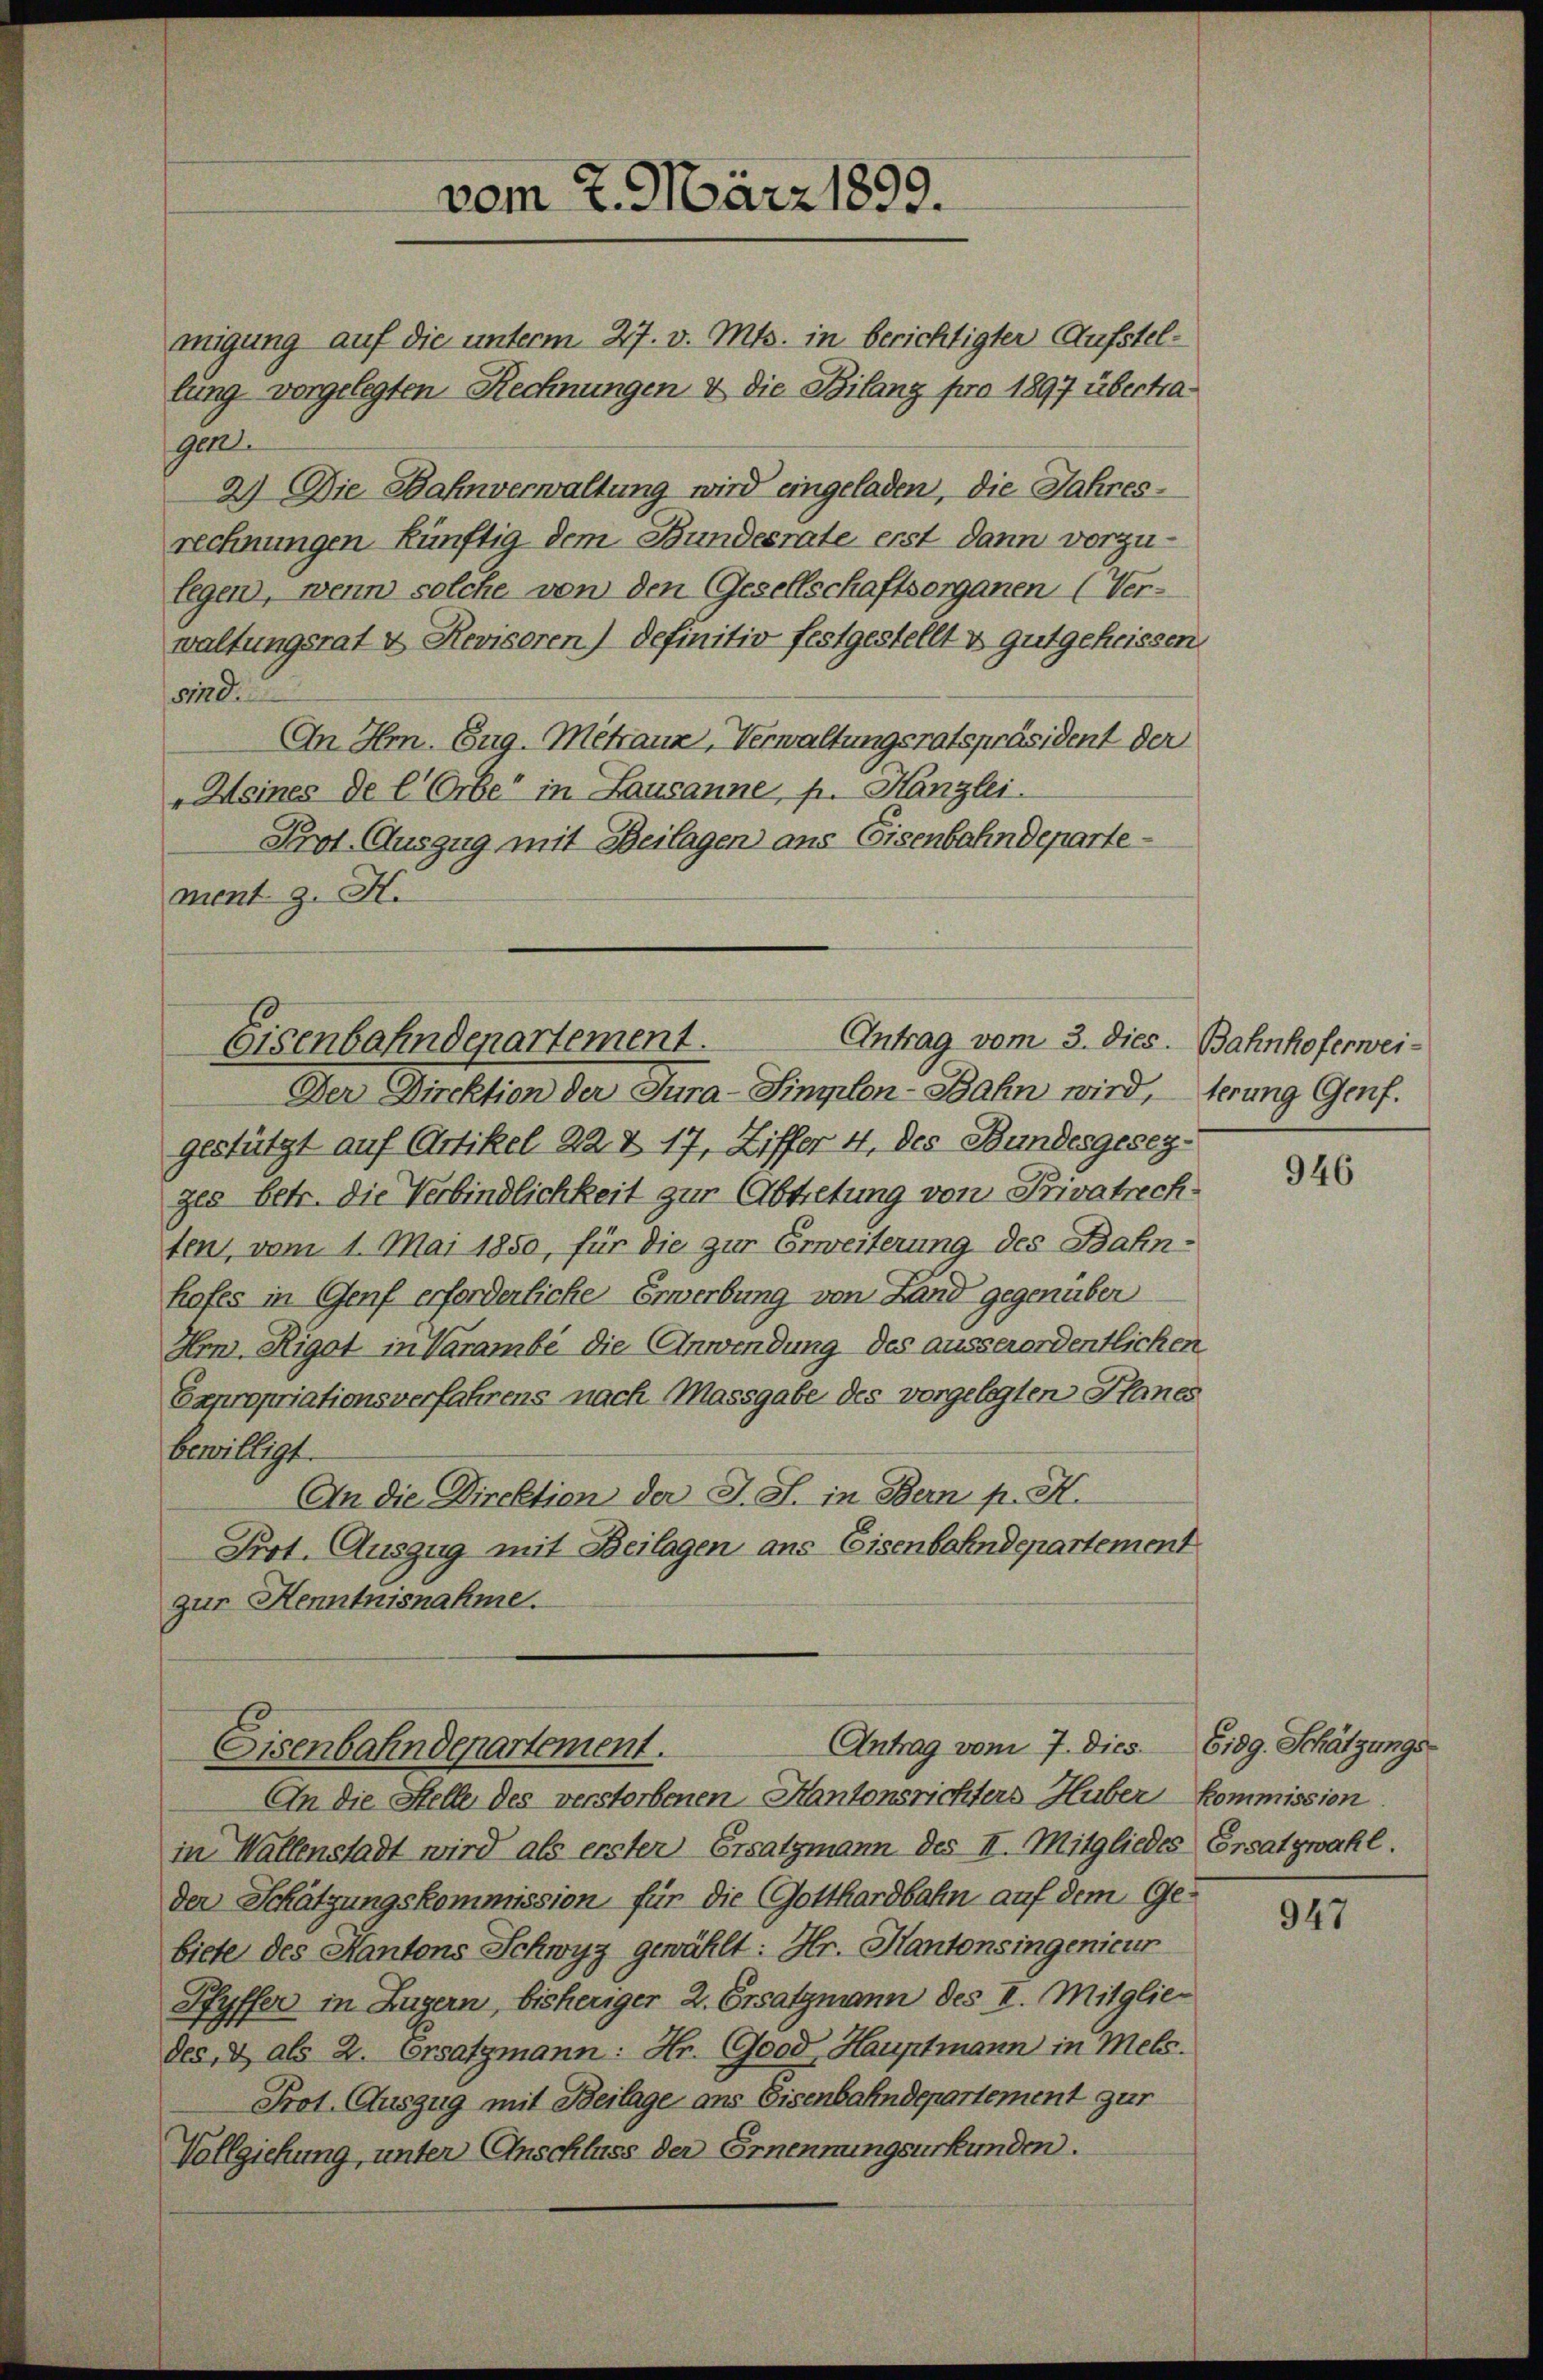
vom 7. März 1899.

migung auf die unterm 27. v. Mts. in berichtigter Aufstellung vorgelegten Rechnungen & die Bilang pro 1897 übertragerl
2) Die Bahnverwaltung wird eingeladen, die Jahresrechnungen künftig dem Bundesrate erst dann vorzulegen, wenn solche von den Gesellschaftsorganen (Verwaltungsrat u Revisoren) definitiv festgestellt & gutgeheissen.
19
An Hr. Eug. Metrauz, Verwaltungsratspräsident der
„Keines de l Orber in Lausanne, p. Kanzlei.
Prot. Auszug mit Beilagen ans Eisenbahndeparte
ment z. H.

Antrag vom 3. dies. Bahnhoferwei-
Eisenbahndepartement.

Der Direktion der Jura-Simplon-Bahn wird, terung Genf.
gestützt auf Artikel 22 & 17, Ziffer 4. des Bundesgesezges betr. die Verbindlichkeit zur Abtretung von Privatrechten, vom 1. Mai 1850, für die zur Erweiterung des Bahn-
hafes in Genf erforderliche Erwerbung von Land gegenüber
Hr. Rigot in Varambe die Anwendung des ausserordentlichen
Expropriationsverfahrens nach Massgabe des vorgelegten Planes
bewilligt.
An die Direktion der J. S. in Bern pr. H.
Pirt. Auszug mit Beilagen aus Eisenbahndepartement
zur Kenntnisnahme.

Antrag vom 7. dies Eidg. Schätzungs
Eisenbahndepartement.

An die Stelle des verstorbenen Kantonsrichters Huber Kommission
in Wallenstadt wird als erster Ersatzmann des II. Mitgliedes Ersatzwahl.
der Schätzungskommission für die Gotthardbahn auf dem Gebiete des Kantons Schwyz gewählt: Hr. Kantonsingenieur
Hfyffer in Zugern, bisheriger 2. Ersatzmann des I. Mitgliedes, & als 2. Ersatzmann: Hr. Good Hauptmann in Mels.
Prot. Auszug mit Beilage aus Eisenbahndepartement zur
Vollziehung, unter Anschluss der Ernennungsurkunden.

946

947